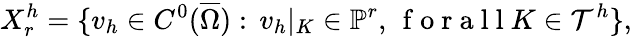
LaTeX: X_{r}^{h}=\{ v_{h}\in C^{0}(\overline{{\Omega}}):\, v_{h}|_{K}\in\mathbb{P}^{r},\, \mathrm{~f~o~r~a~l~l~}K\in\mathcal T^{h}\} ,